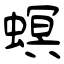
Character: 螟